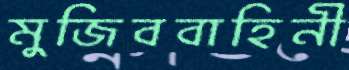
মুজিববাহিনী